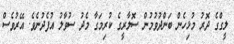
ލީގްގެ ދޮރު މުޅިހެން ބަންދުވުމުން ސޮލާރީގެ ކުރިމަގާ މެދު ސުވާލު އުފެދުނެވެ. އޭރުވެސް